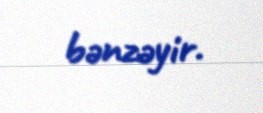
bənzəyir.